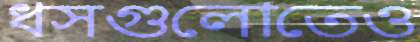
ধসগুলোতেও